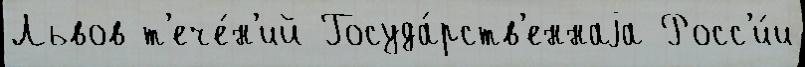
Львов т'ече́н'ий Госуда́рств'еннаjа Росс'и́и